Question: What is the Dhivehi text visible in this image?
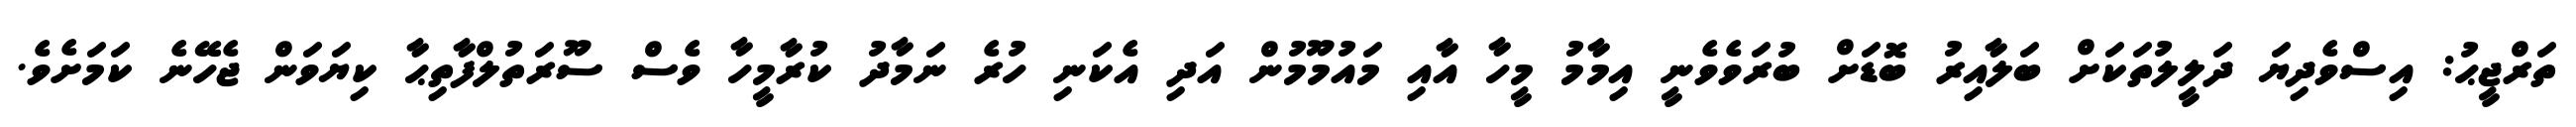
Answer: ތަރްޖީޙު: އިސްވެދިޔަ ދަލީލުތަކަށް ބަލާއިރު ބޮޑަށް ބުރަވެވެނީ އިމާމު މީހާ އާއި މައުމޫމުން އަދި އެކަނި ހުރެ ނަމާދު ކުރާމީހާ ވެސް ސޫރަތުލްފާތިޙާ ކިޔަވަން ޖެހޭނެ ކަމަށެވެ.